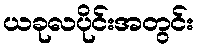
ယခုလပိုင်းအတွင်း